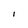
Character: l